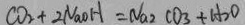
C O _ { 2 } + 2 N a O H = N a _ { 2 } C O _ { 3 } + H _ { 2 } O